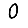
Digit: 0